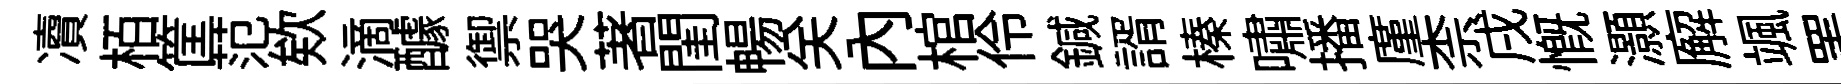
凟栢筐范欸滴醵禦哭著閨暢关内棺伶鍼諝榛嘯播廑柰戌慨灝廨颯罣